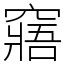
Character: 窹